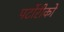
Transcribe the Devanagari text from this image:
पर्टोरीको